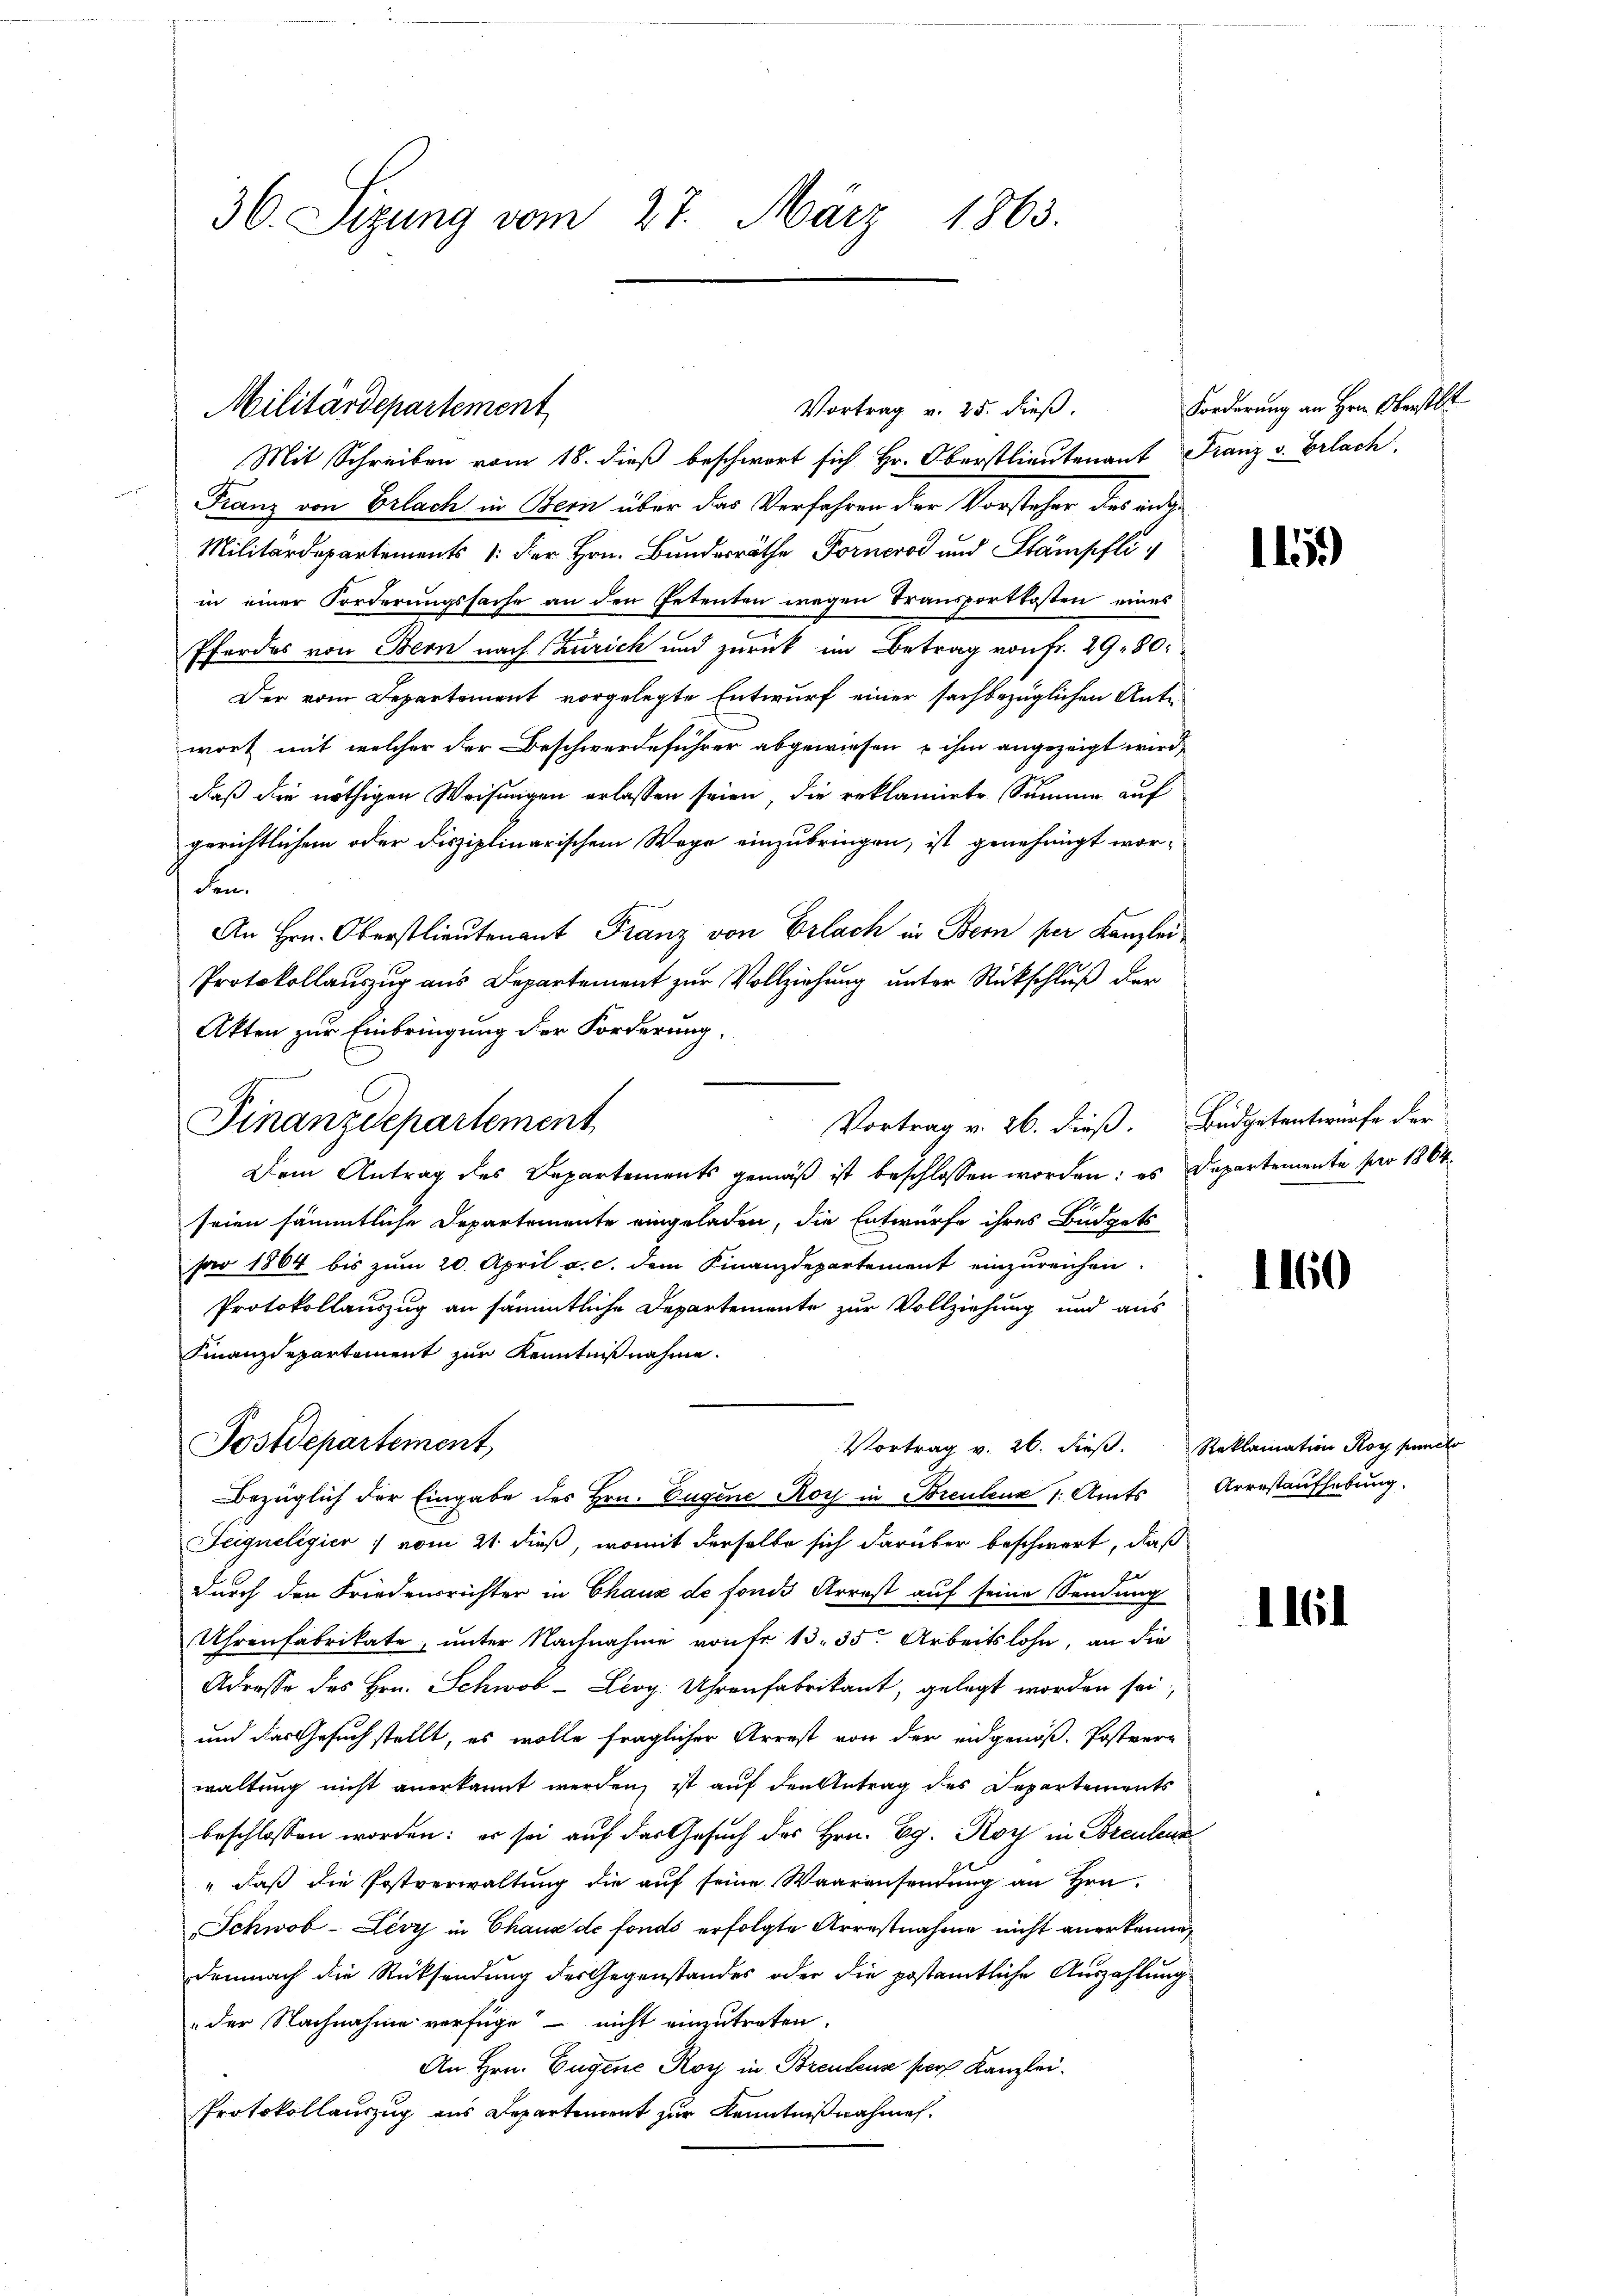
36. Sizung vom 27. März 1863.

Vortrag v. 25. dieß.
Mit Schreiben vom 18. dieß beschwort sich Hr. Oberstlieutenant Franz v. Erlach.
Franz von Erlach in Bern über das Verfahren der Vorsteher des indi¬
Militärdepartements /: der Hrn. Bundesräthe Fornerod und Stämpfliin einer Forderungssache an den Petenten wegen Transportkosten eines
Pferdes von Bern nach Zürich und zurück im Betrag von Fr. 29. 80.
Der vom Departement vorgelegte Entwurf einer sachbezüglichen Antiwort mit welcher der Beschwerdeführer abgewiesen u ihm angezeigt wird,
daß die nöthigen Weisungen erlassen seien, die reklamirte Summe auf
gerichtlichem oder disziplinarischem Wege einzubringen, ist genehmigt worden.
An Hrn. Oberstlieutenant Franz von Erlach in Bern per Kanzlei
Protokollauszug aus Departement zur Vollziehung unter Rückschluß der
Akten zur Einbringung der Forderung.
Vortrag v. 26. dieß. Büdgetentwurfe der
Dem Antrag des Departements gemäß ist beschlossen worden: es Departemente pro 1864.
seien sämmtliche Departemente eingeladen, die Entwurfe ihres Büdgets
sar 1804 bis zum 20. April a. c. dem Finanzdepartement einzureichen
Protokollauszug an sämmtliche Departemente zur Vollziehung und aus
Finanzdepartement zur Kenntnißnahme.
Postdepartement,
Vortrag v. 26. dieβ. Reklamation Roy puncto
Bezüglich der Eingabe des Hrn. Eugene Roy in Brenteur /: Amts Arrestaufhebung.
Seigneligier :/ vom 21. dieß, womit derselbe sich darüber beschwert, daß
Er
durch den Friedensrichter in Chaux de fonds Arrest auf seine Sendung
Uhrenfabrikate, unter Nachnahme von fr. 13. 35 Arbeitslohn, an die
Adresse des Hrn. Schwob- Lioy. Uhrenfabrikant, gelegt worden sei,
und das Gesuch stellt, es wolle fraglicher Arrest von der eidgenöß. Postver-
waltung nicht anerkannt werden, ist auf den Antrag des Departements
beschlossen worden: es sei auf das Gesuch des Hrn. Eg. Roy in Brentenz
" daß die Postverwaltung die auf seine Waarensendung an Hrn.
Schwob-Levy in Chaus de fonds erfolgte Arrestnahme nicht anerkennen,
Demnach die Rücksendung der Gegenstandes oder die postamtliche Auszahlung
"der Nachnahme verfüge nicht einzutreten.
An Hrn. Eugene Koch in Brentenz pers Kanzlei.
Protokollauszug aus Departement zur Kenntnißnahmen.

Militärdepartement

Finanzdepartement

Forderung an Hrn. Oberstl

115)

1160

1161